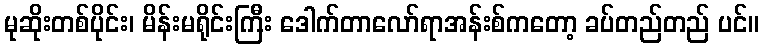
မုဆိုးတစ်ပိုင်း၊ မိန်းမရိုင်းကြီး ဒေါက်တာလော်ရာအန်းစ်ကတော့ ခပ်တည်တည် ပင်။